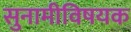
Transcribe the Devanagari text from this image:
सुनामीविषयक